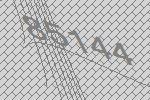
85144